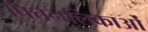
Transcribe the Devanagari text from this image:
पित्तनलिकाओं